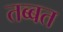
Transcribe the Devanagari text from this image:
तब्बत